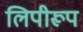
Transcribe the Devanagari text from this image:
लिपीरूप